Elephants and their diseases
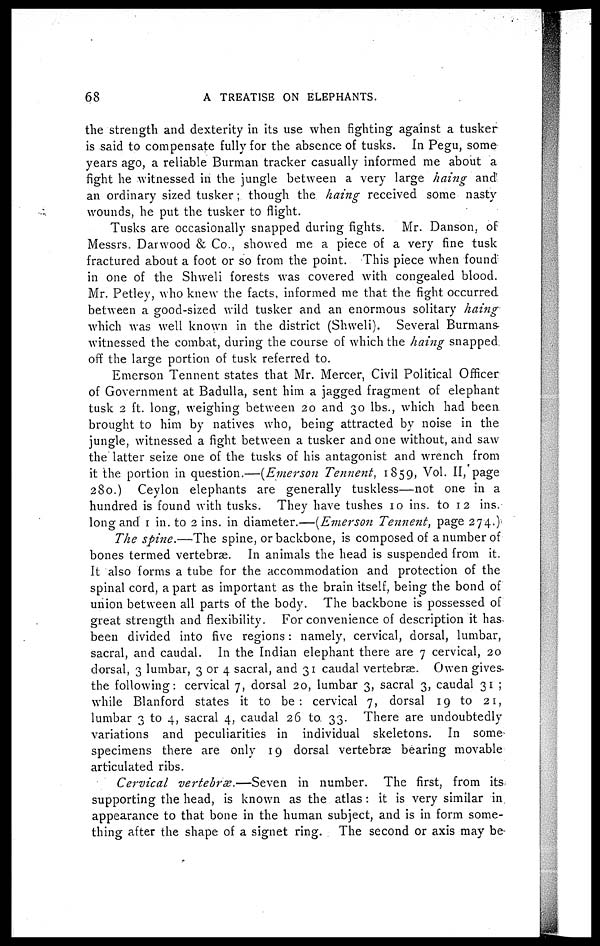
68
A TREATISE ON ELEPHANTS.
the strength and dexterity in its use when fighting against a tusker
is said to compensate fully for the absence of tusks. In Pegu, some
years ago, a reliable Burman tracker casually informed me about a
fight he witnessed in the jungle between a very large haing and
an ordinary sized tusker; though the haing received some nasty
wounds, he put the tusker to flight.
Tusks are occasionally snapped during fights. Mr. Danson, of
Messrs. Darwood & Co., showed me a piece of a very fine tusk
fractured about a foot or so from the point. This piece when found
in one of the Shweli forests was covered with congealed blood.
Mr. Petley, who knew the facts, informed me that the fight occurred
between a good-sized wild tusker and an enormous solitary haing
which was well known in the district (Shweli). Several Burmans
witnessed the combat, during the course of which the haing snapped
off the large portion of tusk referred to.
Emerson Tennent states that Mr. Mercer, Civil Political Officer
of Government at Badulla, sent him a jagged fragment of elephant
tusk 2 ft. long, weighing between 20 and 30 lbs., which had been
brought to him by natives who, being attracted by noise in the
jungle, witnessed a fight between a tusker and one without, and saw
the latter seize one of the tusks of his antagonist and wrench from
it the portion in question.—(Emerson Tennent, 1859, Vol. II, page
280.) Ceylon elephants are generally tuskless—not one in a
hundred is found with tusks. They have tushes 1 0 ins. to 1 2 ins.
long and 1 in. to 2 ins. in diameter.—(Emerson Tennent, page 274.)
The spine.—The spine, or backbone, is composed of a number of
bones termed vertebrae. In animals the head is suspended from it.
It also forms a tube for the accommodation and protection of the
spinal cord, a part as important as the brain itself, being the bond of
union between all parts of the body. The backbone is possessed of
great strength and flexibility. For convenience of description it has
been divided into five regions: namely, cervical, dorsal, lumbar,
sacral, and caudal. In the Indian elephant there are 7 cervical, 20
dorsal, 3 lumbar, 3 or 4 sacral, and 31 caudal vertebræ. Owen gives-
the following: cervical 7, dorsal 20, lumbar 3, sacral 3, caudal 31 ;
while Blanford states it to be: cervical 7, dorsal 19 to 21,
lumbar 3 to 4, sacral 4, caudal 26 to 33. There are undoubtedly
variations and peculiarities in individual skeletons. In some
specimens there are only 19 dorsal vertebrae bearing movable
articulated ribs.
Cervical vertebrae.—Seven
in number. The first, from its
supporting the head, is known as the atlas : it is very similar in
appearance to that bone in the human subject, and is in form some-
thing after the shape of a signet ring. The second or axis may be-